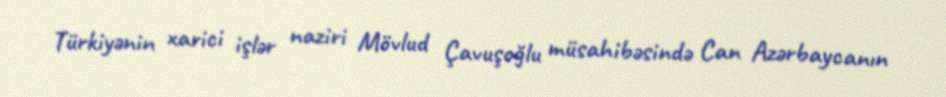
Türkiyənin xarici işlər naziri Mövlud Çavuşoğlu müsahibəsində Can Azərbaycanın